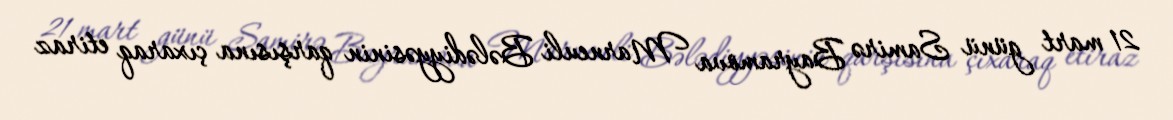
21 mart günü Samirə Bayramova Marneuli Bələdiyyəsinin qarşısına çıxaraq etiraz